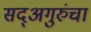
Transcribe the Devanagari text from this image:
सद्‍अगुरुंचा